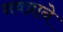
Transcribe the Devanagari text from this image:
नवय्राने